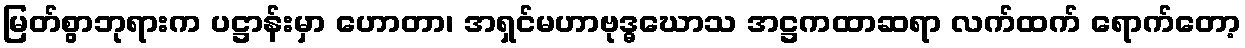
မြတ်စွာဘုရားက ပဋ္ဌာန်းမှာ ဟောတာ၊ အရှင်မဟာဗုဒ္ဓဃောသ အဋ္ဌကထာဆရာ လက်ထက် ရောက်တော့